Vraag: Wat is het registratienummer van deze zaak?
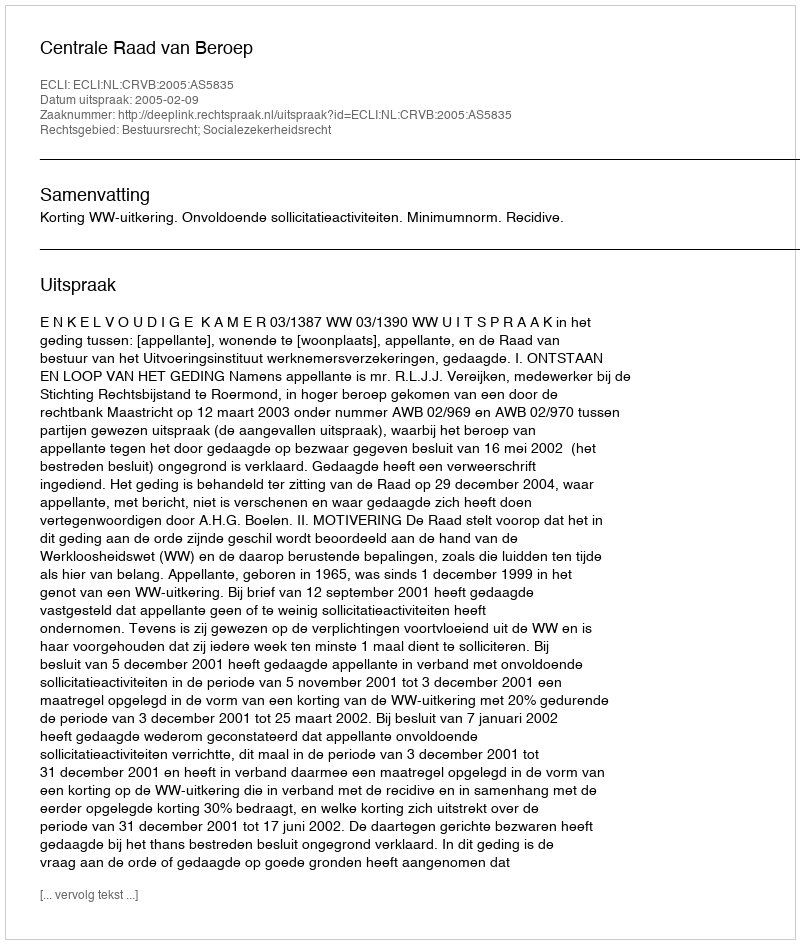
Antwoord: http://deeplink.rechtspraak.nl/uitspraak?id=ECLI:NL:CRVB:2005:AS5835